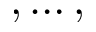
, \dots ,